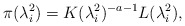
\begin{align*} \pi(\lambda_i^2) =K (\lambda_i^2)^{-a-1}L(\lambda_i^2), \end{align*}